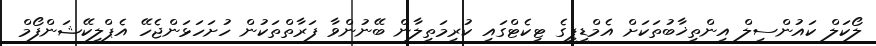
ލޯކަލް ކައުންސިލް އިންތިޚާބުތަކަށް އެމްޑީޕީގެ ޓިކެޓްގައި ކުރިމަތިލާން ބޭނުންވާ ފަރާތްތަކުން ހުށަހަޅަންޖެހޭ އެޕްލިކޭޝަންފޯމް